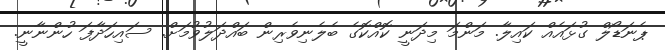
ޕެނަޑޯލް ގުޅައެއް ކައިލާ. މަންމަ މިދަނީ ކޮއްކޮގެ ބެލެނިވެރިން ބައްދަލުވުމަށް. ސައިހަދާފަ ހުންނާނީ.